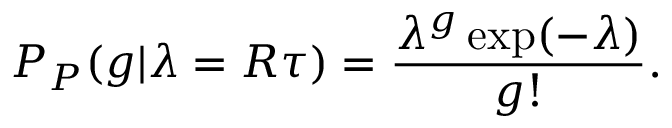
P _ { P } ( g | \lambda = R \tau ) = \frac { \lambda ^ { g } \exp ( - \lambda ) } { g ! } .